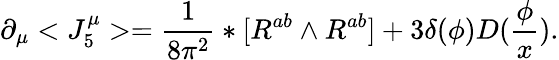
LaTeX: \partial_{\mu}<J_{5}^{\mu}>=\frac 1{8\pi^{2}}*[R^{ab}\wedge R^{ab}]+3\delta(\phi)D(\frac\phi x).